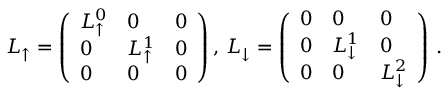
\begin{array} { r } { \boldsymbol { L } _ { \uparrow } = \left( \begin{array} { l l l } { L _ { \uparrow } ^ { 0 } } & { 0 } & { 0 } \\ { 0 } & { L _ { \uparrow } ^ { 1 } } & { 0 } \\ { 0 } & { 0 } & { 0 } \end{array} \right) , \, \boldsymbol { L } _ { \downarrow } = \left( \begin{array} { l l l } { 0 } & { 0 } & { 0 } \\ { 0 } & { L _ { \downarrow } ^ { 1 } } & { 0 } \\ { 0 } & { 0 } & { L _ { \downarrow } ^ { 2 } } \end{array} \right) \, . } \end{array}